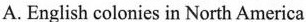
A. English colonies in North America